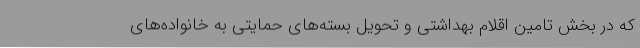
که در بخش تامین اقلام بهداشتی و تحویل بسته‌های حمایتی به خانواده‌های